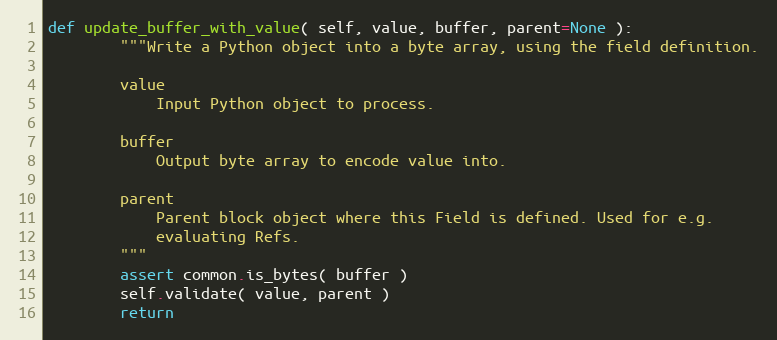
Language: Python
def update_buffer_with_value( self, value, buffer, parent=None ):
        """Write a Python object into a byte array, using the field definition.

        value
            Input Python object to process.

        buffer
            Output byte array to encode value into.

        parent
            Parent block object where this Field is defined. Used for e.g.
            evaluating Refs.
        """
        assert common.is_bytes( buffer )
        self.validate( value, parent )
        return